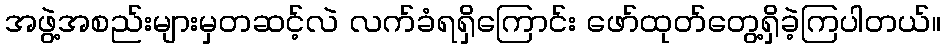
အဖွဲ့အစည်းများမှတဆင့်လဲ လက်ခံရရှိကြောင်း ဖော်ထုတ်တွေ့ရှိခဲ့ကြပါတယ်။